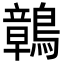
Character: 𪅂